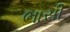
ભાસી